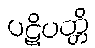
ပဋိပတ္တိ